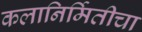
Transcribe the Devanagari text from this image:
कलानिर्मितीचा